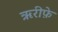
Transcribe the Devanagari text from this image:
ऋरीफ़े